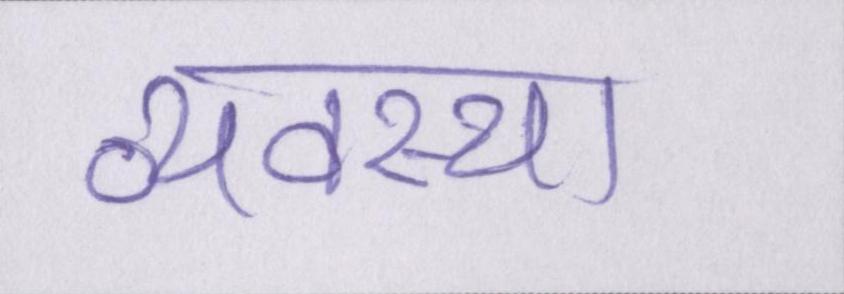
व्यवस्था